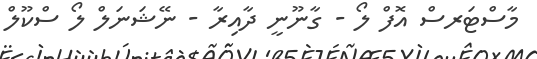
މާސްޓަރސް އޮފް ލޯ - ގާނޫނީ ދާއިރާ - ނޭޝަނަލް ލޯ ސްކޫލް